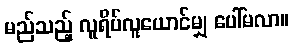
မည်သည့် လူရိပ်လူယောင်မျှ ပေါ်မလာ။